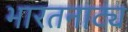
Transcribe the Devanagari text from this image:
भारतनाट्य